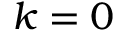
k = 0